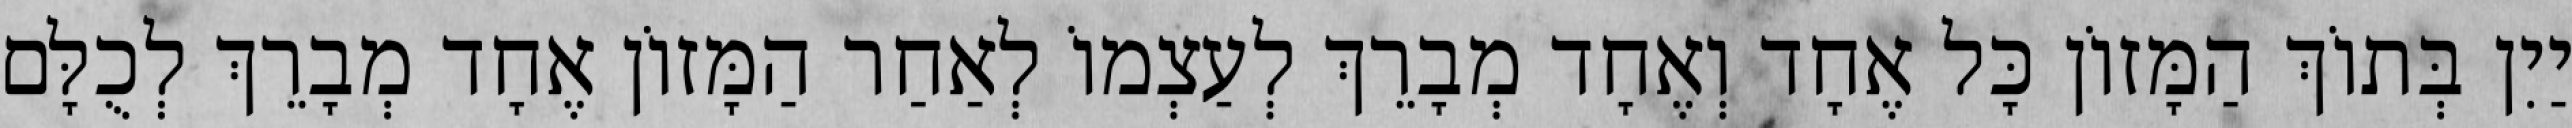
יַיִן בְּתוֹךְ הַמָּזוֹן כָּל אֶחָד וְאֶחָד מְבָרֵךְ לְעַצְמוֹ לְאַחַר הַמָּזוֹן אֶחָד מְבָרֵךְ לְכֻלָּם